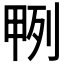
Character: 𭻎